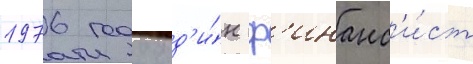
1976 году од'и́н ф'инанс'и́ст